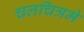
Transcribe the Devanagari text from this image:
चलचित्रमे